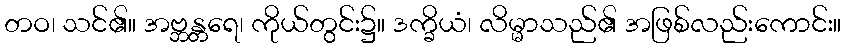
တဝ၊ သင်၏။ အဗ္ဘန္တရေ၊ ကိုယ်တွင်း၌။ ဒက္ခိယံ၊ လိမ္မာသည်၏ အဖြစ်လည်းကောင်း။